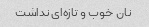
نان خوب و تازه‌ای نداشت